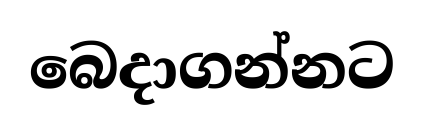
බෙදාගන්නට